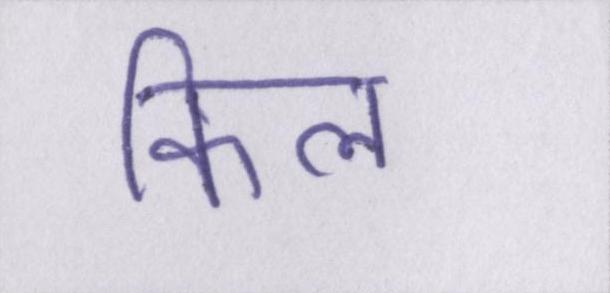
किल